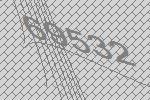
69532